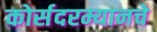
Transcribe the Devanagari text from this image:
कोर्सदरम्यानचे